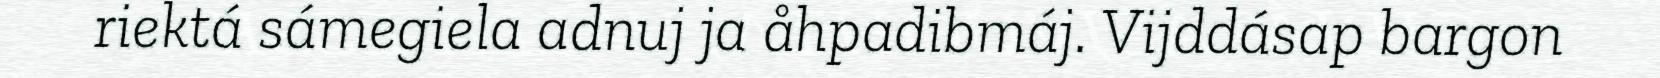
riektá sámegiela adnuj ja åhpadibmáj. Vijddásap bargon